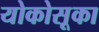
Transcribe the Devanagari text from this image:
योकोसूका